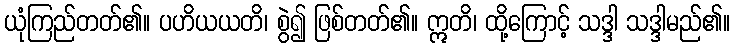
ယုံကြည်တတ်၏။ ပဟိယယတိ၊ စွဲ၍ ဖြစ်တတ်၏။ ဣတိ၊ ထို့ကြောင့် သဒ္ဒါ သဒ္ဒါမည်၏။